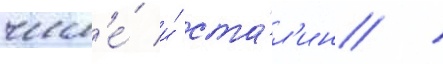
числ'е́ и́ ста́л'ин /